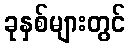
ခုနှစ်များတွင်